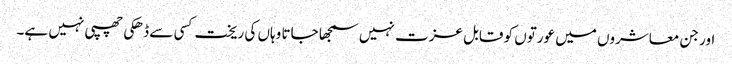
اور جن معاشروں میں عورتوں کو قابل عزت نہیں سمجھا جاتا وہاں کی ریخت کسی سے ڈھکی چھپی نہیں ہے۔